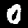
Label: 0